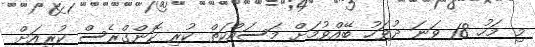
މި މަހު 18 ވަނަ ދުވަހު ބޭއްވުމަށް މަސައްކަތް ކުރި ކޮންގްރެސް ކުރިއަށް